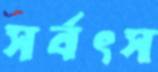
সর্বৎস